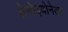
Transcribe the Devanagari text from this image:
लेगोइयोनेला